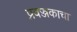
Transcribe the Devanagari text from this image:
प्रवज्जकाचा